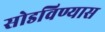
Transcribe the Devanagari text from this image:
सोडविण्यास